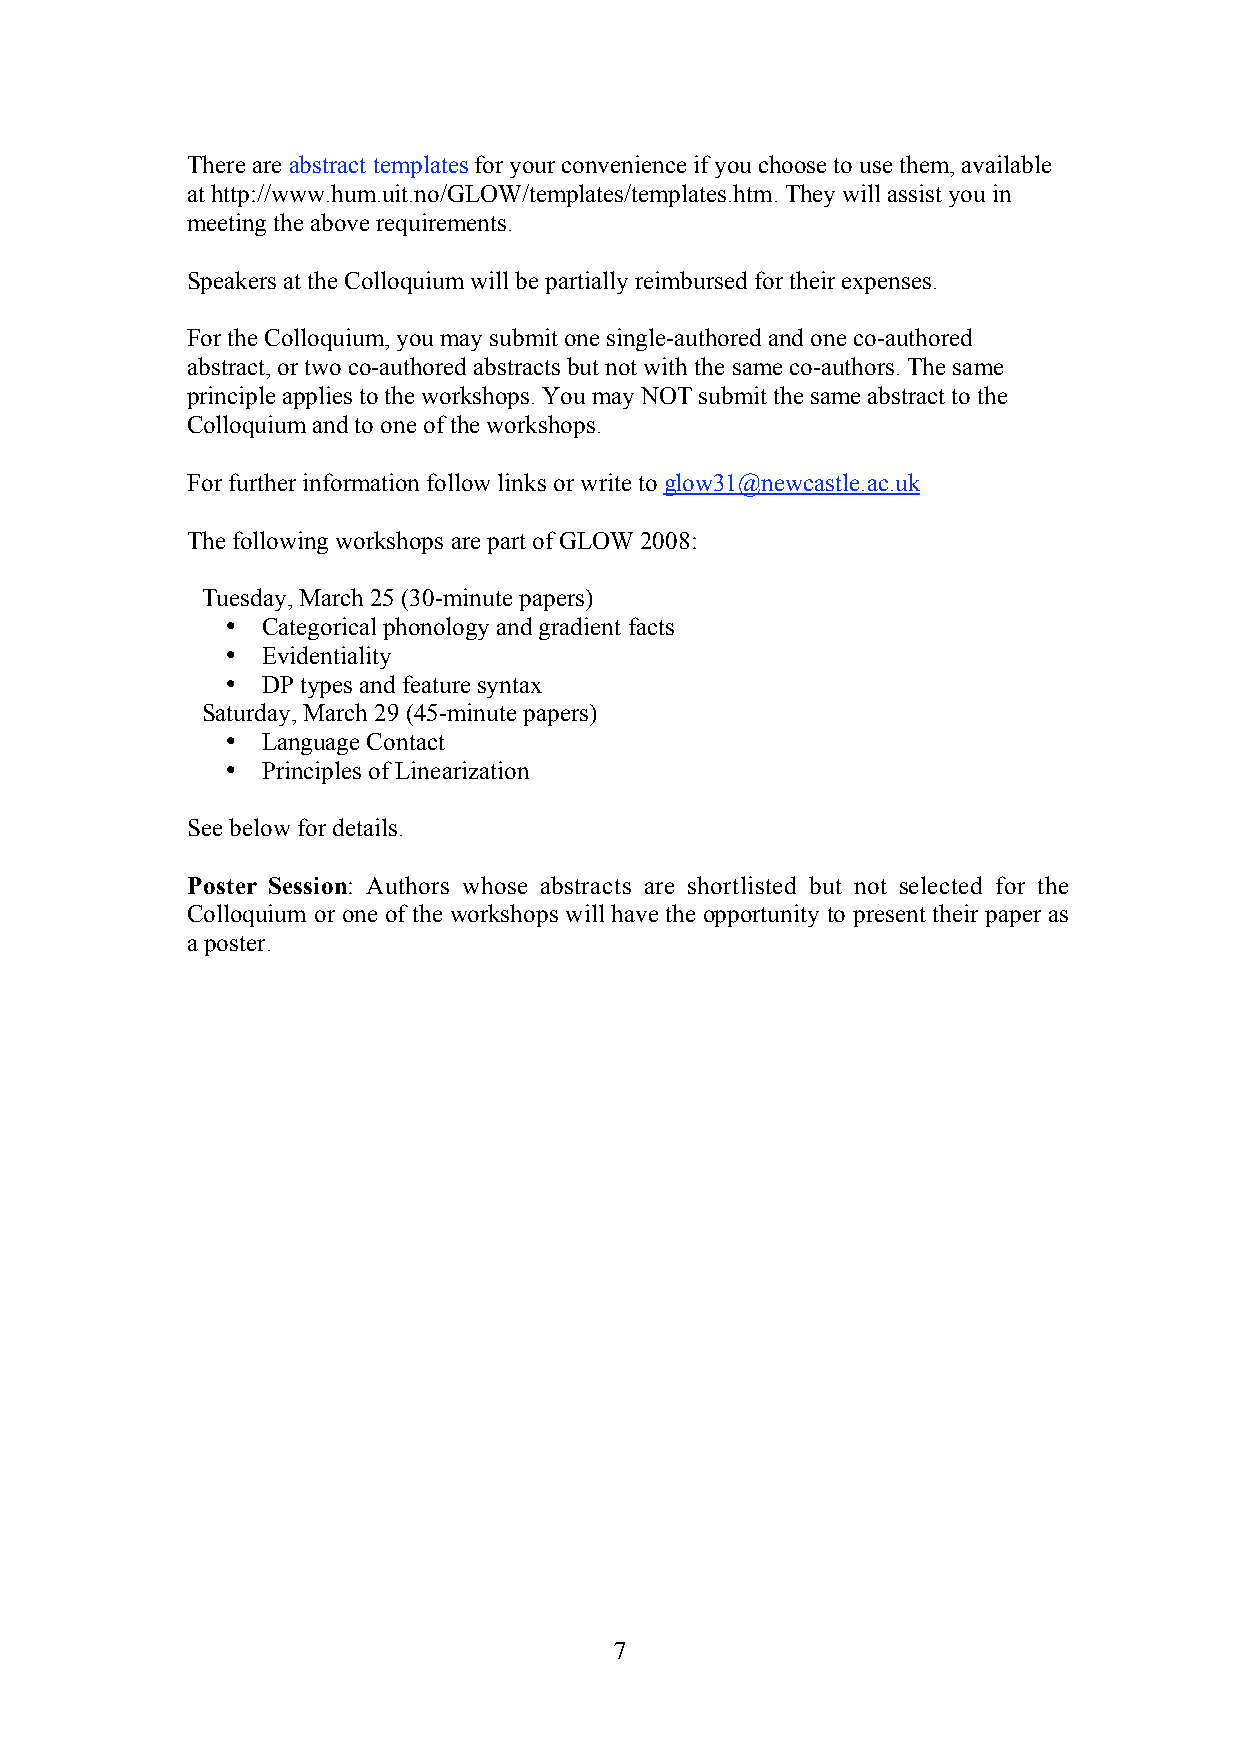
There are abstract templates for your convenience if you choose to use them, available
 at http://www.hum.uit.no/GLOW/templates/templates.htm. They will assist you in
 meeting the above requirements.
 Speakers at the Colloquium will be partially reimbursed for their expenses.
 For the Colloquium, you may submit one single-authored and one co-authored
 abstract, or two co-authored abstracts but not with the same co-authors. The same
 principle applies to the workshops. You may NOT submit the same abstract to the
 Colloquium and to one of the workshops.
 For further information follow links or write to glow31@newcastle.ac.uk
 The following workshops are part of GLOW 2008:
 Tuesday, March 25 (30-minute papers)
 • Categorical phonology and gradient facts
 • Evidentiality
 • DP types and feature syntax
 Saturday, March 29 (45-minute papers)
 • Language Contact
 • Principles of Linearization
 See below for details.
 Poster Session: Authors whose abstracts are shortlisted but not selected for the
 Colloquium or one of the workshops will have the opportunity to present their paper as
 a poster.
 7